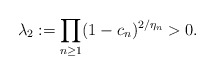
\begin{align*} \lambda_2:=\prod_{n\ge 1}(1-c_n)^{2/\eta_n}>0. \end{align*}